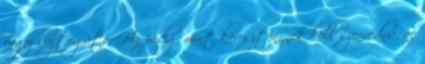
vagy bujtogató. Ha pedig mint kereszténynek kell szenvednie, ne